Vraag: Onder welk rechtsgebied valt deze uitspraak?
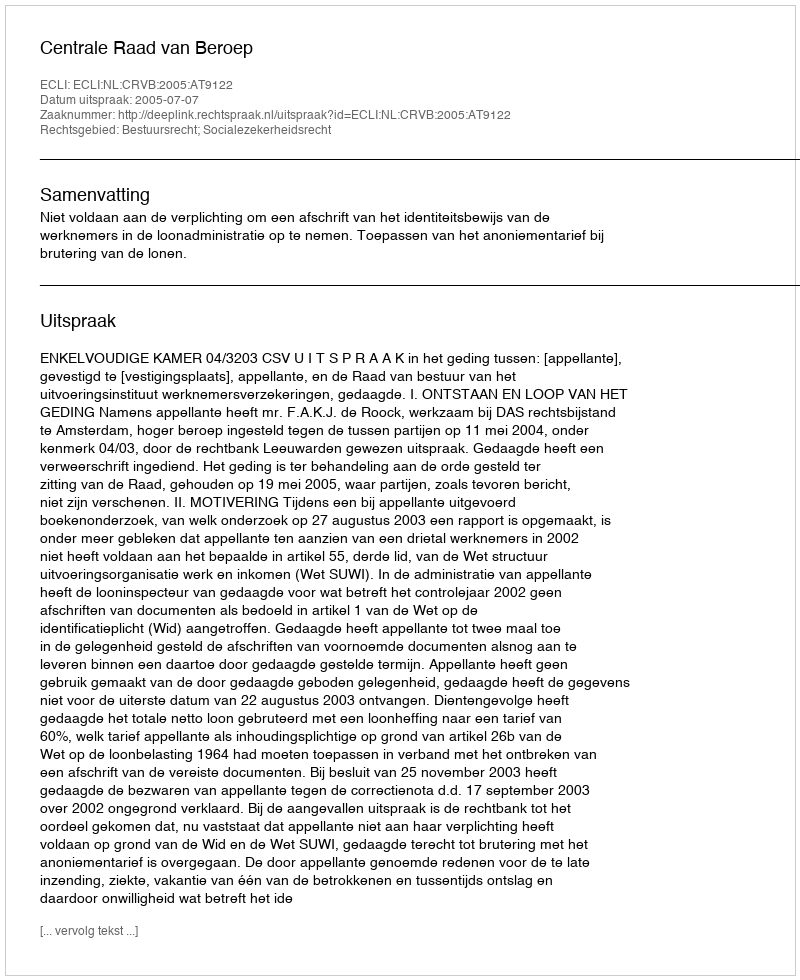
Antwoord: Bestuursrecht; Socialezekerheidsrecht